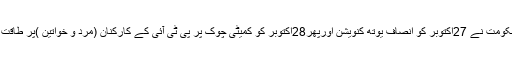
اور کیوں خود ہی حکومت نے 27اکتوبر کو انصاف یوتھ کنویشن اورپھر28اکتوبر کو کمیٹی چوک پر پی ٹی آئی کے کارکنان (مرد و خواتین )پر طاقت کا استعمال کرڈالا؟